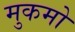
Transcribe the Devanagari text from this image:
मुकमो